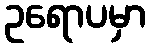
ဥရောပမှာ